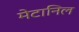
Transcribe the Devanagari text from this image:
मेटानिल